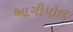
આગીયોલ